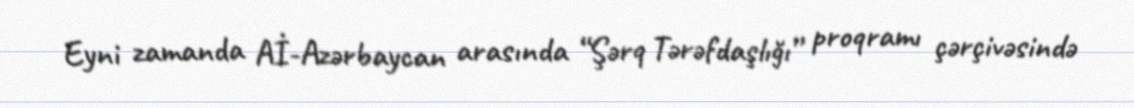
Eyni zamanda Aİ-Azərbaycan arasında “Şərq Tərəfdaşlığı” proqramı çərçivəsində